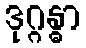
ဒုဂ္ဂန္ဓာ